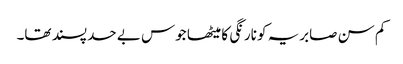
کم سن صابریہ کو نارنگی کا میٹھا جوس بے حد پسند تھا۔